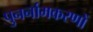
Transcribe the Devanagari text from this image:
पुनर्नामकरणों